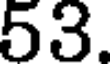
53.